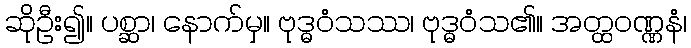
ဆိုဦး၍။ ပစ္ဆာ၊ နောက်မှ။ ဗုဒ္ဓဝံသဿ၊ ဗုဒ္ဓဝံသ၏။ အတ္ထဝဏ္ဏနံ၊